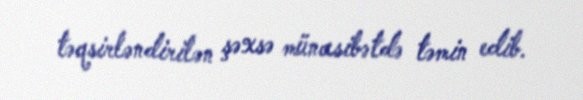
təqsirləndirilən şəxsə münasibətdə təmin edib.